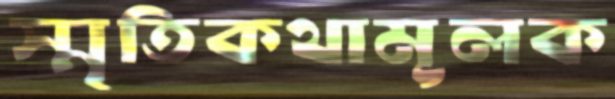
স্মৃতিকথামূলক